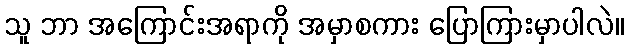
သူ ဘာ အကြောင်းအရာကို အမှာစကား ပြောကြားမှာပါလဲ။